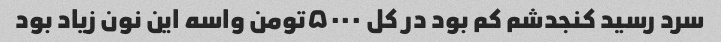
سرد رسید کنجدشم کم بود در کل ۵۰۰۰تومن واسه این نون زیاد بود